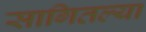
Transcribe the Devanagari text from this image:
सागितल्या